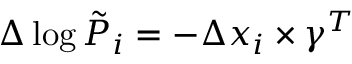
\Delta \log \Tilde { P } _ { i } = - \Delta x _ { i } \times \gamma ^ { T }